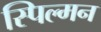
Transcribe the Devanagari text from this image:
स्पिल्मन